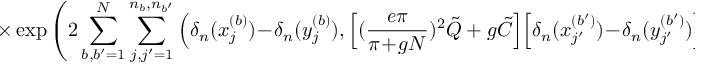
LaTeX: \times \exp \left( 2 \sum _ { b , b ^ { \prime } = 1 } ^ { N } \sum _ { j , j ^ { \prime } = 1 } ^ { n _ { b } , n _ { b ^ { \prime } } } \Big ( \delta _ { n } ( x _ { j } ^ { ( b ) } ) \! - \! \delta _ { n } ( y _ { j } ^ { ( b ) } ) , \Big [ ( \frac { e \pi } { \pi \! + \! g N } ) ^ { 2 } \tilde { Q } + g \tilde { C } \Big ] \Big [ \delta _ { n } ( x _ { j ^ { \prime } } ^ { ( b ^ { \prime } ) } ) \! - \! \delta _ { n } ( y _ { j ^ { \prime } } ^ { ( b ^ { \prime } ) } ) \Big ] \Big ) \right)